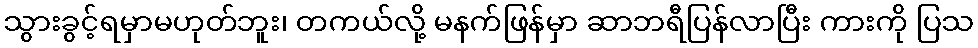
သွားခွင့်ရမှာမဟုတ်ဘူး၊ တကယ်လို့ မနက်ဖြန်မှာ ဆာဘရီပြန်လာပြီး ကားကို ပြသ